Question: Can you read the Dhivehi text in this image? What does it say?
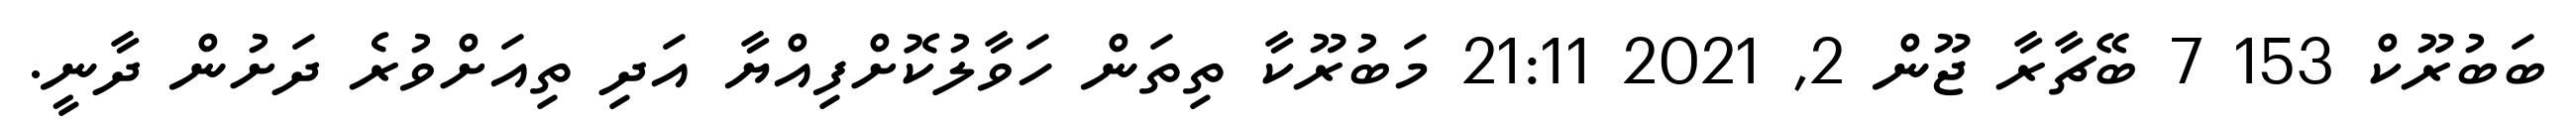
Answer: ބަބުރޫކް 153 7 ބޭޗާރާ ޖޫން 2, 2021 21:11 މަބުރޫކާ ތިތަން ހަވާލުކޮށްފިއްޔާ އަދި ތިއަށްވުރެ ދަށުން ދާނީ.